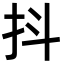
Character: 抖